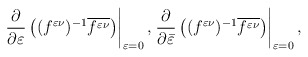
\begin{align*}\left.\frac{\partial}{\partial\varepsilon}\left( (f^{\varepsilon\nu})^{-1}\overline{f^{\varepsilon\nu}}\right)\right|_{\varepsilon=0},\left.\frac{\partial}{\partial\bar{\varepsilon}}\left( (f^{\varepsilon\nu})^{-1}\overline{f^{\varepsilon\nu}}\right)\right|_{\varepsilon=0},\end{align*}